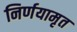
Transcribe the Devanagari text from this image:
निर्णयामृत